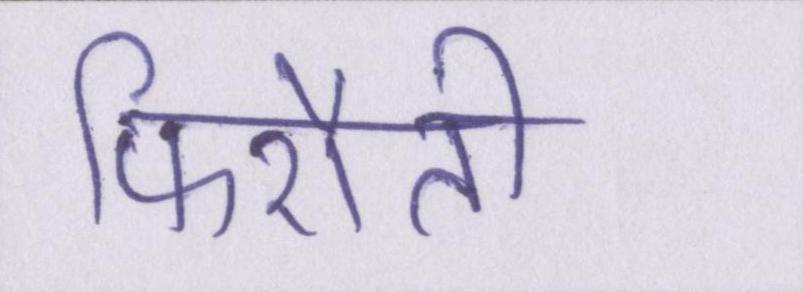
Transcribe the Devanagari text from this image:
फिरौती